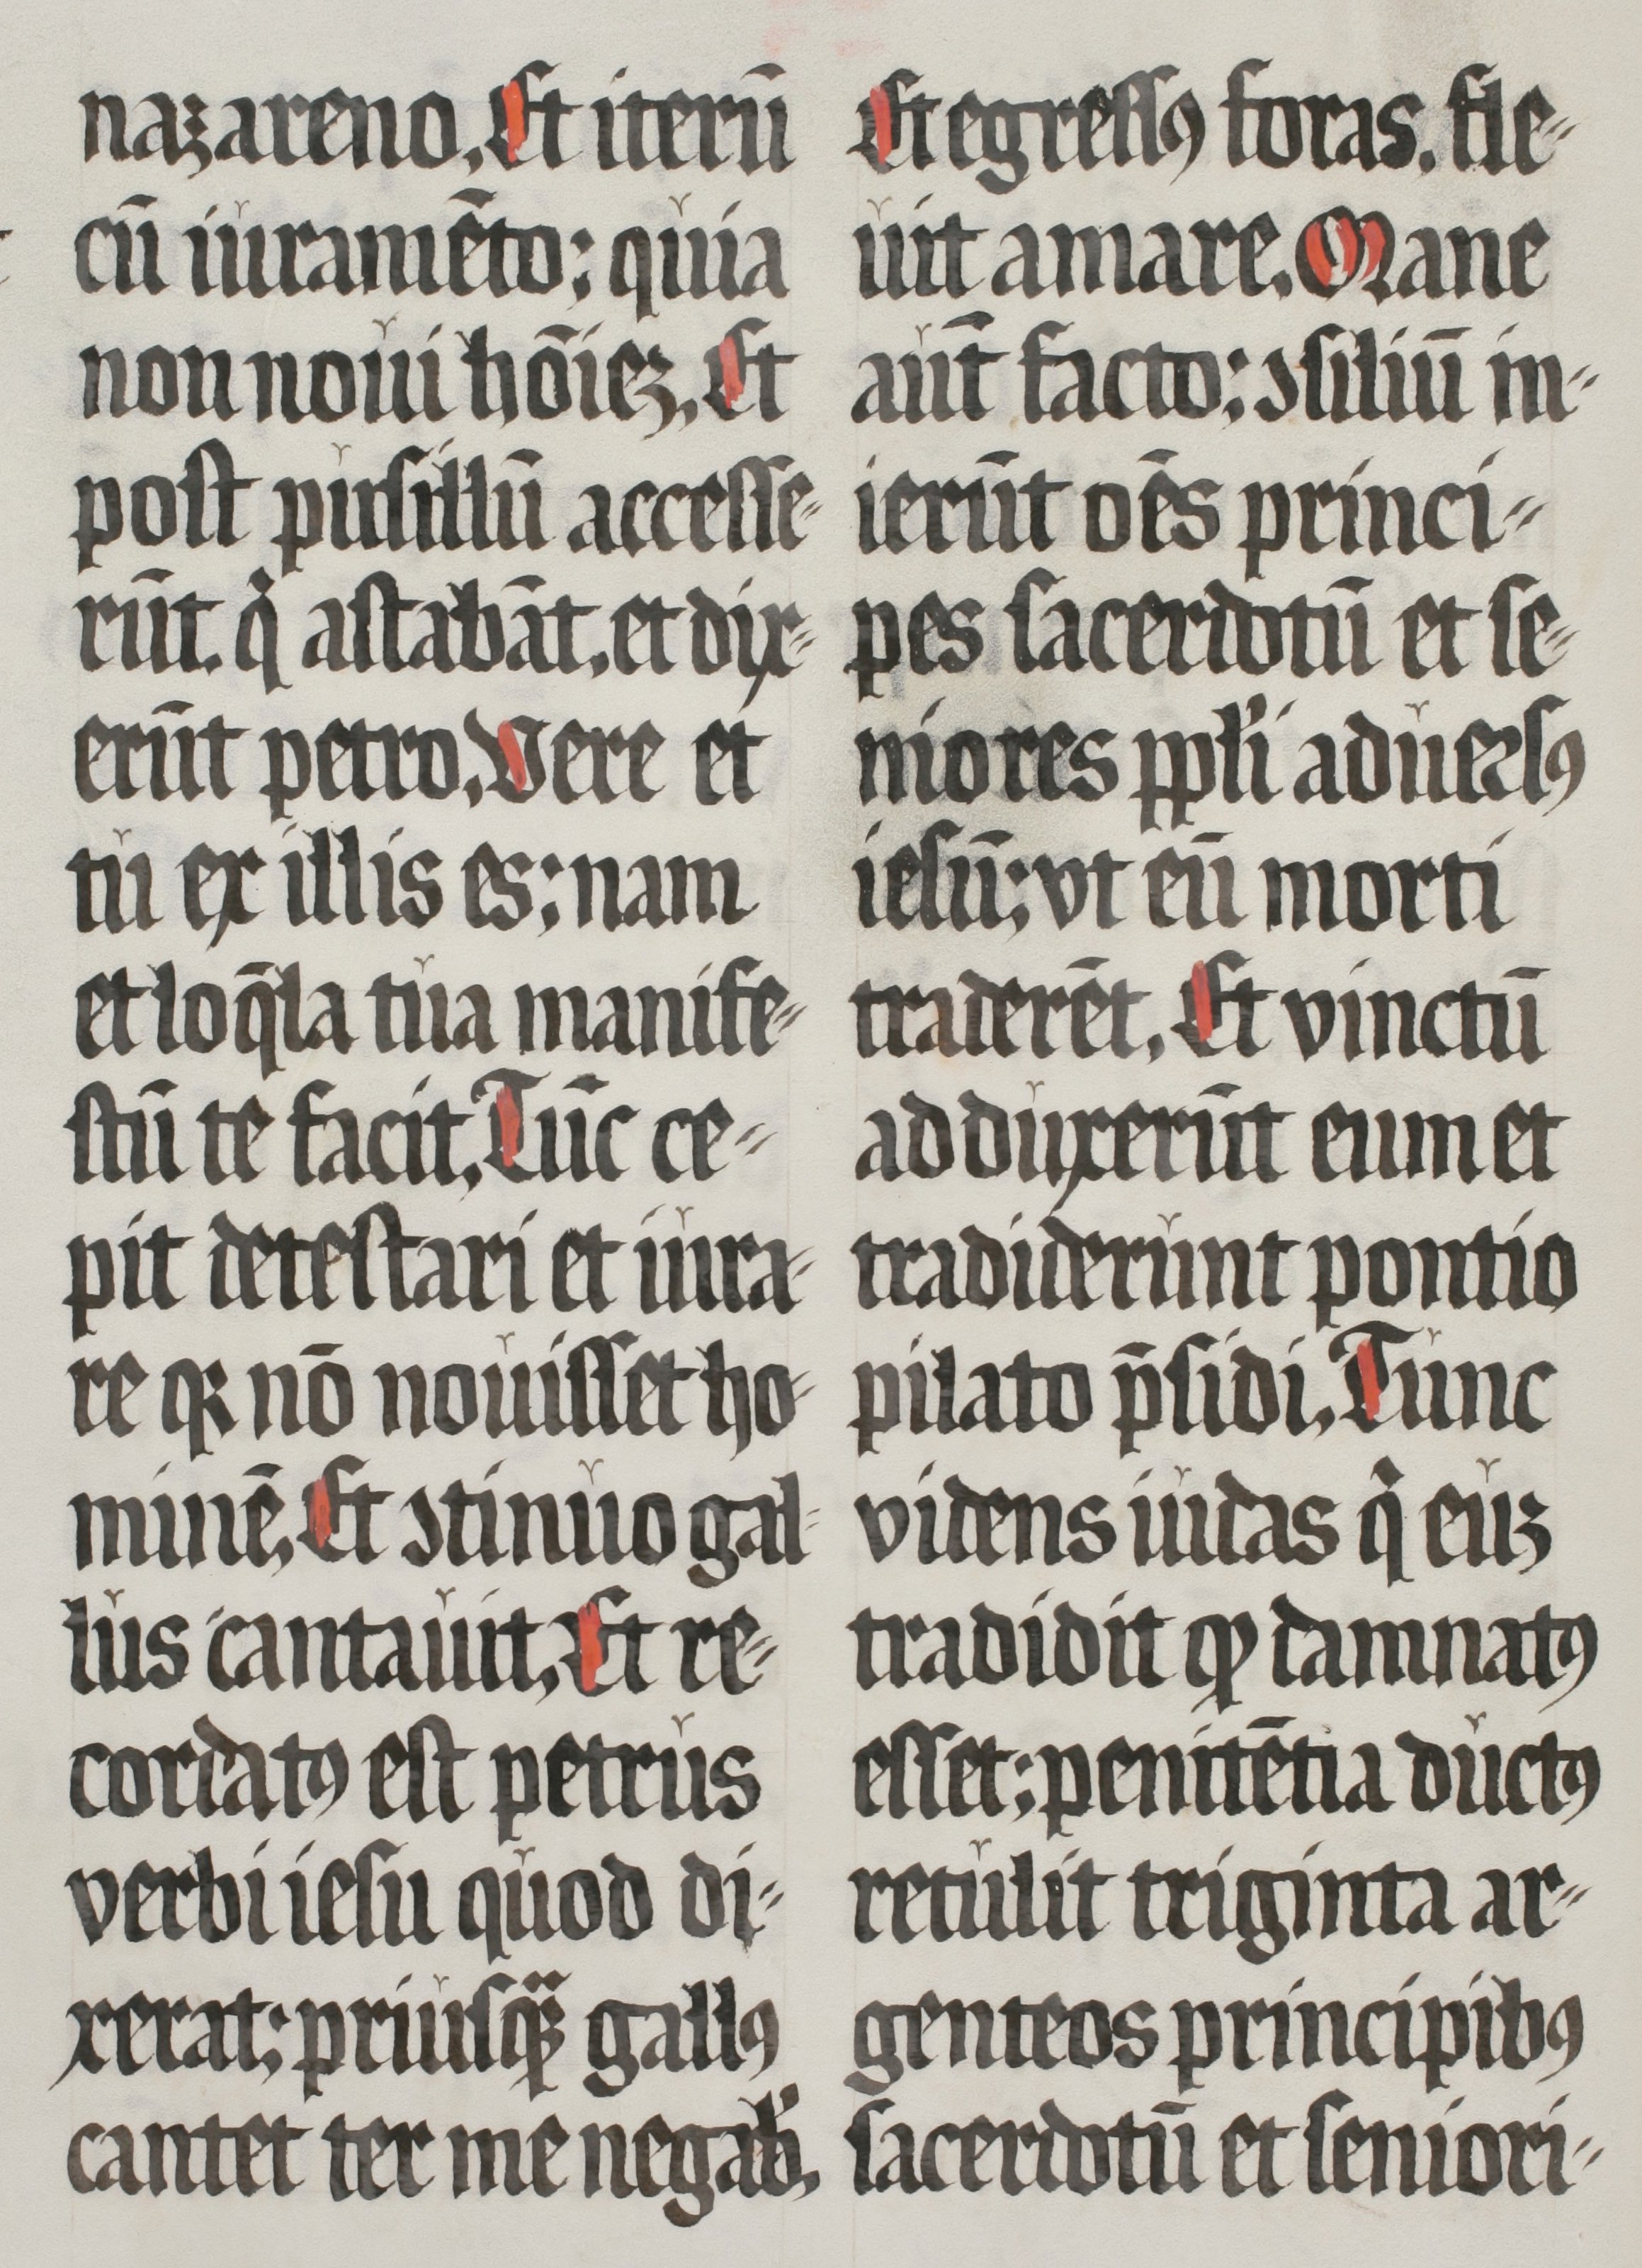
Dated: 1555–1555